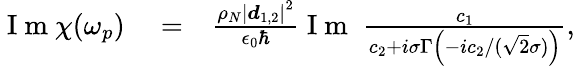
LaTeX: \begin{array}{rlr}{\mathrm{~I~m~}\chi(\omega_{p})}&{{}=}&{\frac{\rho_{N}\left|\boldsymbol d_{1,2}\right|^{2}}{\epsilon_{0}\hbar}\mathrm{~I~m~}\; \frac{c_{1}}{c_{2}+i\sigma\Gamma\left(-ic_{2}/(\sqrt{2}\sigma)\right)},}\end{array}